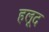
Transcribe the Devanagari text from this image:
हलूद